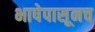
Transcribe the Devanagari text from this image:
भाषेपासूनच